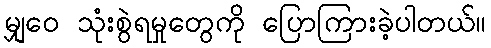
မျှဝေ သုံးစွဲရမှုတွေကို ပြောကြားခဲ့ပါတယ်။